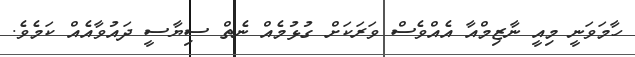
ހާމަވަނީ މިއީ ނާޒިމްއާ އެއްވެސް ވަރަކަށް ގުޅުމެއް ނެތް ސިޔާސީ ދައުވާއެއް ކަމެވެ.